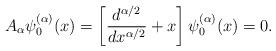
LaTeX: \begin{align*} A_{\alpha}\psi_{0}^{(\alpha)}(x)=\left[\frac{d^{\alpha/2}}{dx^{\alpha/2}}+x\right]\psi_{0}^{(\alpha)} (x)=0.\end{align*}